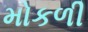
મોકળી